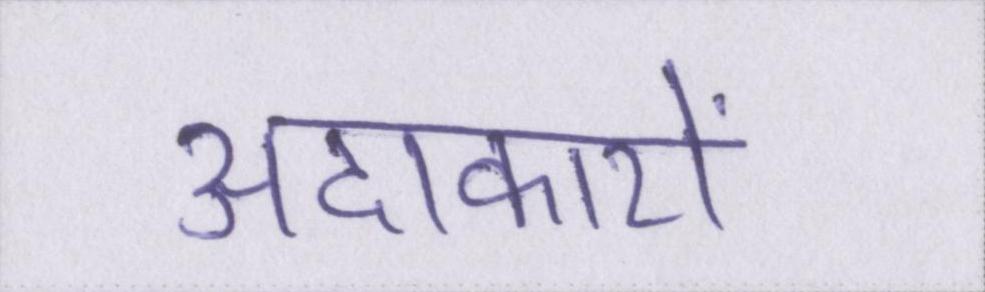
अदाकारों